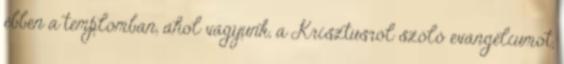
ebben a templomban, ahol vagyunk, a Krisztusról szóló evangéliumot,